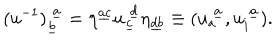
LaTeX: ( u ^ { - 1 } ) _ { \underline { { b } } } ^ { ~ \underline { { a } } } = \eta ^ { \underline { { { a c } } } } u _ { \underline { { c } } } ^ { ~ \underline { { d } } } \eta _ { \underline { { { d b } } } } \equiv ( u _ { a } ^ { ~ \underline { { a } } } , u _ { i } ^ { ~ \underline { { a } } } ) .